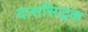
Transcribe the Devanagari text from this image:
दाससिद्धक